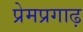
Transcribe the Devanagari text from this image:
प्रेमप्रगाढ़